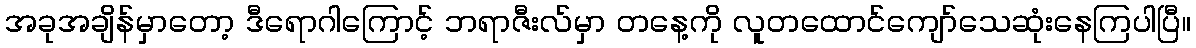
အခုအချိန်မှာတော့ ဒီရောဂါကြောင့် ဘရာဇီးလ်မှာ တနေ့ကို လူတထောင်ကျော်သေဆုံးနေကြပါပြီ။